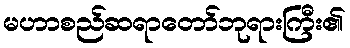
မဟာစည်ဆရာတော်ဘုရားကြီး၏